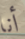
أنا